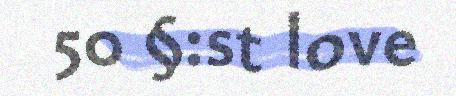
50 §:st love